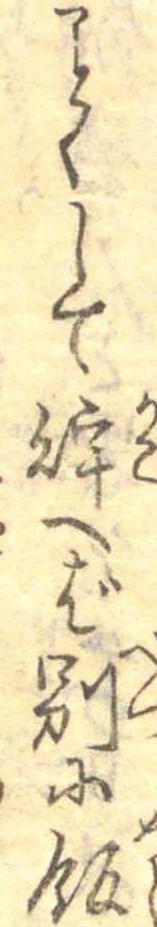
ことくして貯へば別に飯